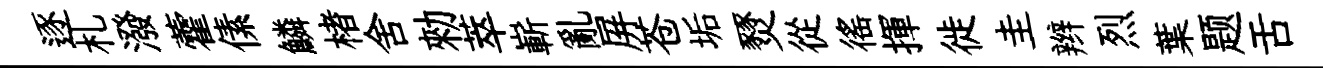
逐札潑藿傃鱗楮舍勑萃嶄亂屏苍垢燹從徭揮徙圭辫烈葉题舌